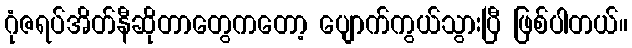
ဂုံဇရပ်အိတ်နီဆိုတာတွေကတော့ ပျောက်ကွယ်သွားပြီ ဖြစ်ပါတယ်။